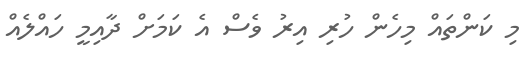
މި ކަންތައް މިހެން ހުރި އިރު ވެސް އެ ކަމަށް ދާއިމީ ހައްލެއް